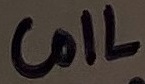
Text: COIL